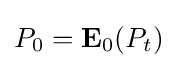
P_{0}=\mathbf {E} _{0}(P_{t})